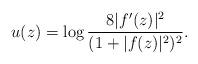
LaTeX: \begin{align*}u(z)=\log \frac{8|f^{\prime}(z)|^{2}}{(1+|f(z)|^{2})^{2}}. \end{align*}